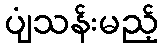
ပျံသန်းမည့်